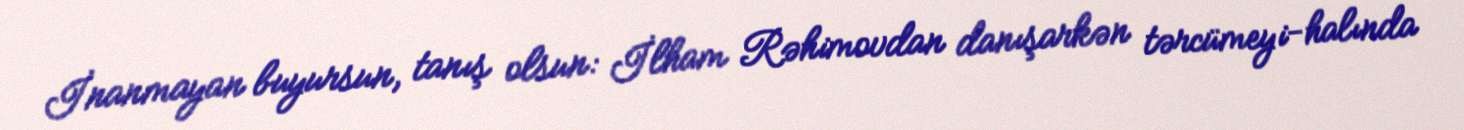
İnanmayan buyursun, tanış olsun: İlham Rəhimovdan danışarkən tərcümeyi-halında